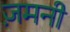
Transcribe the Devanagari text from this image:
ज़मनी